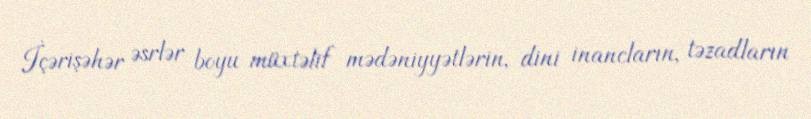
İçərişəhər əsrlər boyu müxtəlif mədəniyyətlərin, dini inancların, təzadların